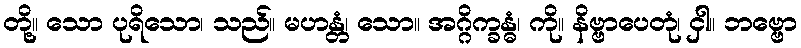
တို့။ သော ပုရိသော၊ သည်။ မဟန္တံ၊ သော။ အဂ္ဂိက္ခန္ဓံ၊ ကို။ နိဗ္ဗာပေတုံ၊ ငှါ။ ဘဗ္ဗော